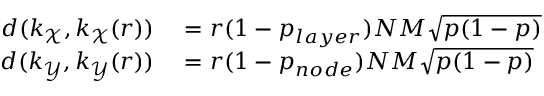
\begin{array} { r l } { d ( k _ { \mathcal { X } } , k _ { \mathcal { X } } ( r ) ) } & { { } = r ( 1 - p _ { l a y e r } ) N M \sqrt { p ( 1 - p ) } } \\ { d ( k _ { \mathcal { Y } } , k _ { \mathcal { Y } } ( r ) ) } & { { } = r ( 1 - p _ { n o d e } ) N M \sqrt { p ( 1 - p ) } } \end{array}